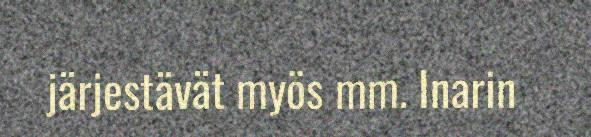
järjestävät myös mm. Inarin